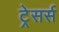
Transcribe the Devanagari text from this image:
ट्रेसर्स